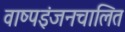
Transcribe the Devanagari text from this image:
वाष्पइंजनचालित